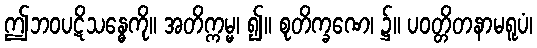
ဤဘဝပဋိသန္ဓေကို။ အတိက္ကမ္မ၊ ၍။ စုတိက္ခဏေ၊ ၌။ ပဝတ္တိတနာမရူပံ၊